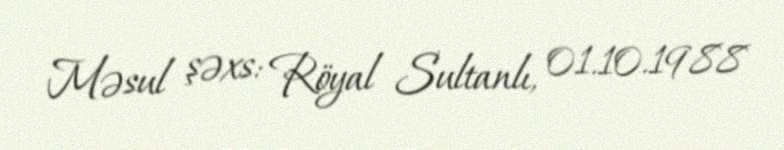
Məsul şəxs: Röyal Sultanlı, 01.10.1988